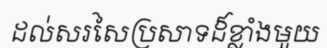
ដល់សរសៃប្រសាទដ៏ខ្លាំងមួយ